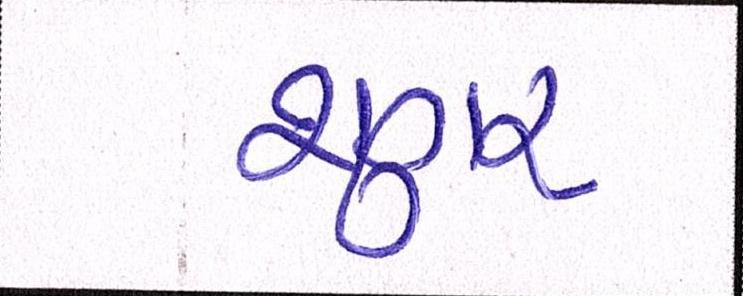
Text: શુગર